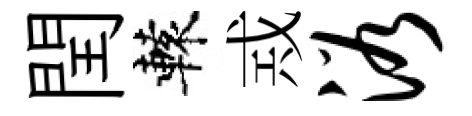
閏轅𢦶浴